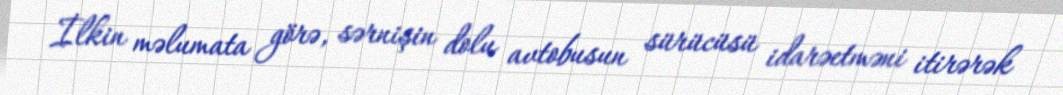
İlkin məlumata görə, sərnişin dolu avtobusun sürücüsü idarəetməni itirərək